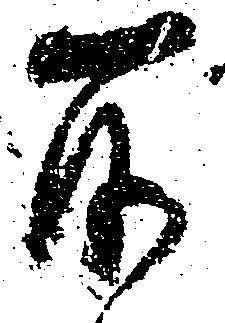
所